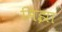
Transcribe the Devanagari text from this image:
मिझा